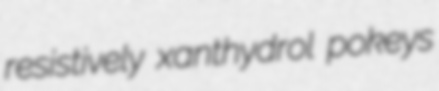
resistively xanthydrol pokeys